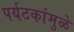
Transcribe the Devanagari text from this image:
पर्यटकांमुळे